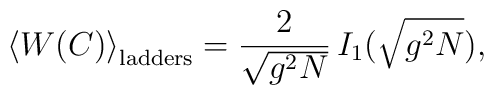
\left< W(C)\right>_{\rm ladders}=\frac{2}{\sqrt{g^2N}}\,I_1(\sqrt{g^2N}),